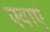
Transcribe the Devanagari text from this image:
एवाएं